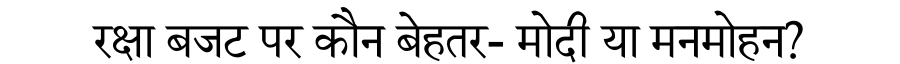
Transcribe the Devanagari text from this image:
रक्षा बजट पर कौन बेहतर- मोदी या मनमोहन?